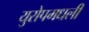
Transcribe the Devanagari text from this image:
युरोपमधली